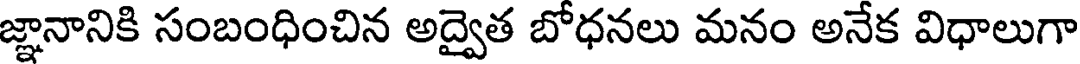
జ్ఞానానికి సంబంధించిన అద్వైత బోధనలు మనం అనేక విధాలుగా